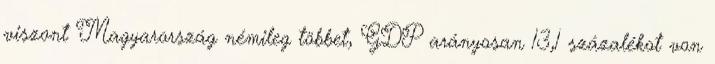
viszont Magyarország némileg többet, GDP arányosan 13,1 százalékot von